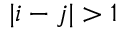
\vert i - j \vert > 1